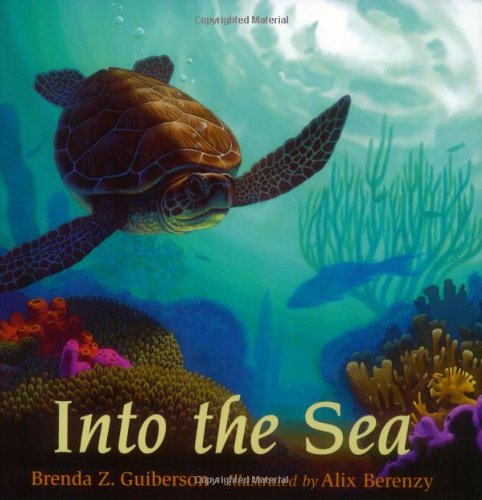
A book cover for Into the Sea; Brenda Z. Guiberson; Children's Books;